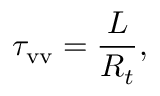
\tau _ { \mathrm { v v } } = \frac { L } { R _ { t } } ,